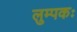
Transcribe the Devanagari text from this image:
लुम्पकः